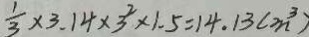
\frac { 1 } { 3 } \times 3 . 1 4 \times 3 ^ { 2 } \times 1 . 5 = 1 4 . 1 3 ( m ^ { 3 } )